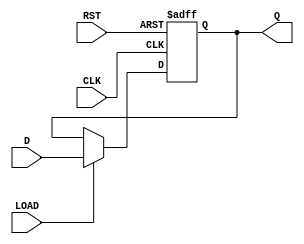
module FlipFlopRegister #(
    parameter N = 8 // Width of the register, default is 8 bits
)(
    input  wire [N-1:0] D,     // Data input
    input  wire CLK,            // Clock input
    input  wire RST,            // Asynchronous reset
    input  wire LOAD,           // Load signal for parallel loading
    output reg  [N-1:0] Q       // Data output
);

// Asynchronous reset and load functionality
always @(posedge CLK or posedge RST) begin
    if (RST) begin
        Q <= {N{1'b0}};          // Reset output to 0
    end else if (LOAD) begin
        Q <= D;                 // Load input data into the register
    end
end

endmodule